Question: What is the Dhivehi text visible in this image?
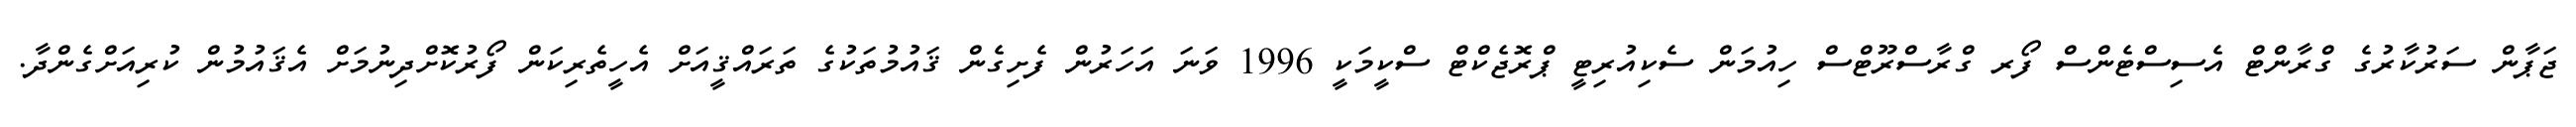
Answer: ޖަޕާން ސަރުކާރުގެ ގްރާންޓް އެސިސްޓެންސް ފޯރ ގްރާސްރޫޓްސް ހިއުމަން ސެކިއުރިޓީ ޕްރޮޖެކްޓް ސްކީމަކީ 1996 ވަނަ އަހަރުން ފެށިގެން ޤައުމުތަކުގެ ތަރައްޤީއަށް އެހީތެރިކަން ފޯރުކޮށްދިނުމަށް އެޤައުމުން ކުރިއަށްގެންދާ.